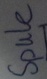
Text: Spule